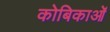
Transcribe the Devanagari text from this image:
कोबिकाओं